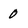
Character: 0